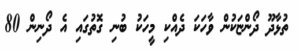
ތުޅާދޫ ދޯންޏަކުން ވާހަކަ ދެއްކި މީހަކު ބުނި ގޮތުގައި އެ ދޯނިން 80